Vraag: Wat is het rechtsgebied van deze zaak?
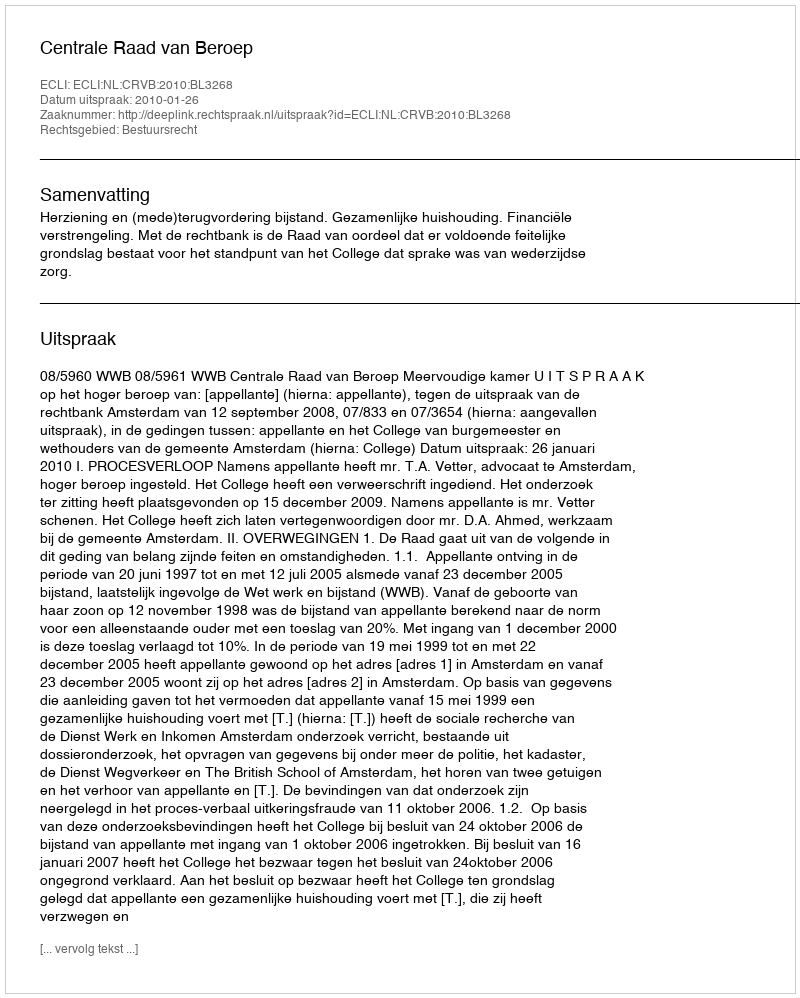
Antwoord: Bestuursrecht